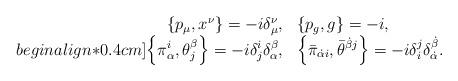
LaTeX: \begin{align*}\begin{array}{rl}{\displaystyle\left\{p_{\mu },x^{\nu }\right\}=-i\delta_{\mu }^{\nu },}&{\displaystyle\left\{p_g,g\right\}=-i,}\\begin{align*}0.4cm]{\displaystyle\left\{\pi_{\alpha }^i,\theta_j^{\beta }\right\}=-i\delta_j^i\delta_{\alpha }^{\beta },}&{\displaystyle\left\{\bar\pi_{\dot\alpha i},\bar\theta^{\dot\beta j}\right\}=-i\delta_i^j\delta^{\dot\beta}_{\dot\alpha}.}\end{array}\end{align*}